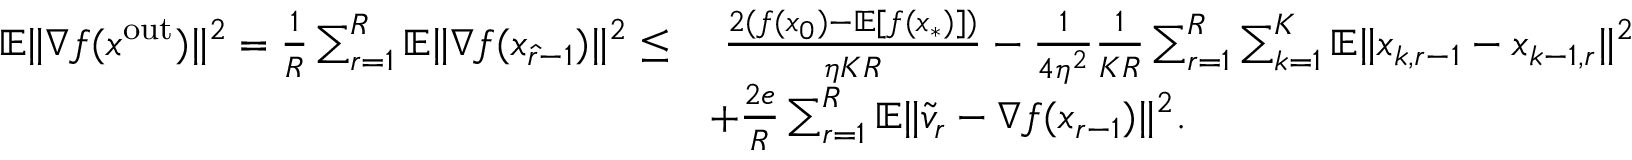
\begin{array} { r l } { \mathbb { E } \| \nabla f ( x ^ { \mathrm { o u t } } ) \| ^ { 2 } = \frac { 1 } { R } \sum _ { r = 1 } ^ { R } \mathbb { E } \| \nabla f ( x _ { \hat { r } - 1 } ) \| ^ { 2 } \leq } & { \ \frac { 2 ( f ( x _ { 0 } ) - \mathbb { E } [ f ( x _ { * } ) ] ) } { \eta K R } - \frac { 1 } { 4 \eta ^ { 2 } } \frac { 1 } { K R } \sum _ { r = 1 } ^ { R } \sum _ { k = 1 } ^ { K } \mathbb { E } \| x _ { k , r - 1 } - x _ { k - 1 , r } \| ^ { 2 } } \\ & { + \frac { 2 e } { R } \sum _ { r = 1 } ^ { R } \mathbb { E } \| \widetilde v _ { r } - \nabla f ( x _ { r - 1 } ) \| ^ { 2 } . } \end{array}